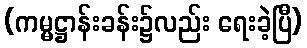
(ကမ္မဋ္ဌာန်းခန်း၌လည်း ရေးခဲ့ပြီ)